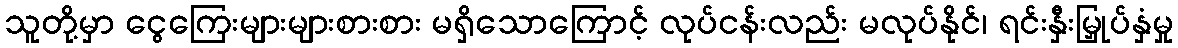
သူတို့မှာ ငွေကြေးများများစားစား မရှိသောကြောင့် လုပ်ငန်းလည်း မလုပ်နိုင်၊ ရင်းနှီးမြှုပ်နှံမှု